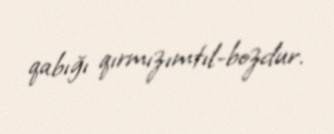
qabığı qırmızımtıl-bozdur.